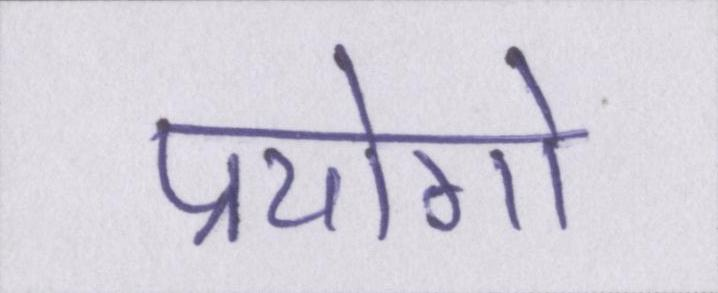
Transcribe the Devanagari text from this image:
प्रयोगो